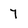
Character: 7